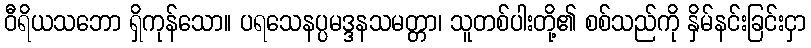
ဝီရိယသဘော ရှိကုန်သော။ ပရသေနပ္ပမဒ္ဒနသမတ္တာ၊ သူတစ်ပါးတို့၏ စစ်သည်ကို နှိမ်နင်းခြင်းငှာ